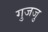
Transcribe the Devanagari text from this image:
गुजजु